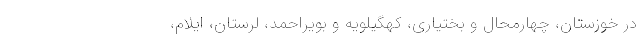
در خوزستان، چهارمحال و بختیاری، کهگیلویه و بویراحمد، لرستان، ایلام،